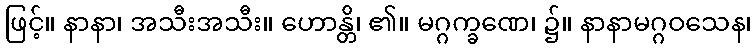
ဖြင့်။ နာနာ၊ အသီးအသီး။ ဟောန္တိ၊ ၏။ မဂ္ဂက္ခဏေ၊ ၌။ နာနာမဂ္ဂဝသေန၊